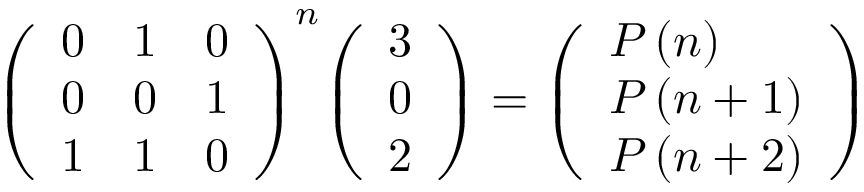
{ \left( \begin{array} { l l l } { 0 } & { 1 } & { 0 } \\ { 0 } & { 0 } & { 1 } \\ { 1 } & { 1 } & { 0 } \end{array} \right) } ^ { n } { \left( \begin{array} { l } { 3 } \\ { 0 } \\ { 2 } \end{array} \right) } = { \left( \begin{array} { l } { P \left( n \right) } \\ { P \left( n + 1 \right) } \\ { P \left( n + 2 \right) } \end{array} \right) }